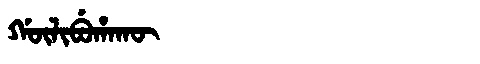
Manchu: ᡤᡡᠯᡳᠪᡠᡥᠠᡴᡡ
Romanization: GŪLIBUHAKŪ